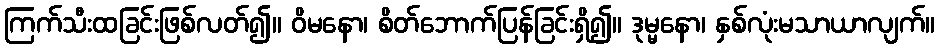
ကြက်သီးထခြင်းဖြစ်လတ်၍။ ဝိမနော၊ စိတ်ဘောက်ပြန်ခြင်းရှိ၍။ ဒုမ္မနော၊ နှစ်လုံးမသာယာလျက်။